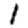
Digit: 1